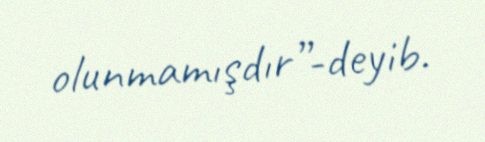
olunmamışdır”-deyib.